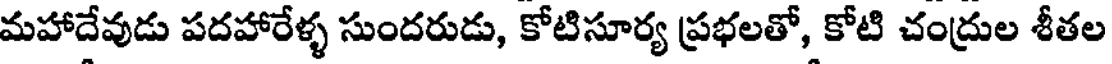
మహాదేవుడు పదహారేళ్ళ సుందరుడు, కోటిసూర్య ప్రభలతో, కోటి చంద్రుల శీతల